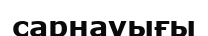
сарнауығы